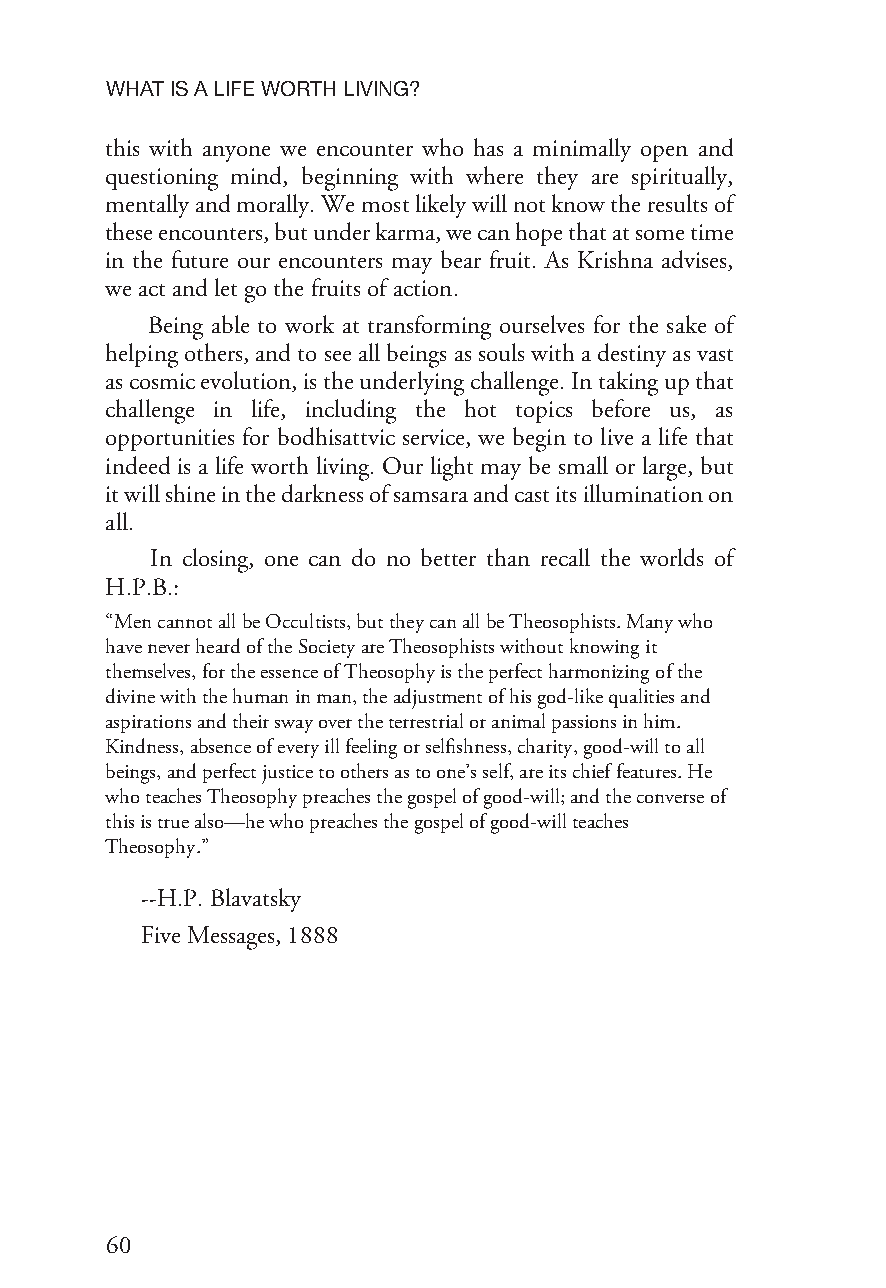
WHATISALIFEWORTHLIVING?
 this with anyone we encounter who has a minimally open and
 questioning mind, beginning with where they are spiritually,
 mentallyandmorally.Wemostlikelywillnotknowtheresultsof
 theseencounters,butunderkarma,wecanhopethatatsometime
 in the future our encounters may bear fruit. As Krishna advises,
 weactandletgothefruitsofaction.
 Being able to work at transforming ourselves for the sake of
 helpingothers,andtoseeallbeingsassoulswithadestinyasvast
 ascosmicevolution,istheunderlyingchallenge.Intakingupthat
 challenge in life, including the hot topics before us, as
 opportunities for bodhisattvic service, we begin to live a life that
 indeed is a life worth living. Our light may be small or large, but
 itwillshineinthedarknessofsamsaraandcastitsilluminationon
 all.
 In closing, one can do no better than recall the worlds of
 H.P.B.:
 “MencannotallbeOccultists,buttheycanallbeTheosophists.Manywho
 haveneverheardoftheSocietyareTheosophistswithoutknowingit
 themselves,fortheessenceofTheosophyistheperfectharmonizingofthe
 divinewiththehumaninman,theadjustmentofhisgod-likequalitiesand
 aspirationsandtheirswayovertheterrestrialoranimalpassionsinhim.
 Kindness,absenceofeveryillfeelingorselfishness,charity,good-willtoall
 beings,andperfectjusticetoothersastoone’sself,areitschieffeatures.He
 whoteachesTheosophypreachesthegospelofgood-will;andtheconverseof
 thisistruealso—hewhopreachesthegospelofgood-willteaches
 Theosophy.”
 --H.P.Blavatsky
 FiveMessages,1888
 60